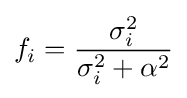
f_{i}={\frac {\sigma _{i}^{2}}{\sigma _{i}^{2}+\alpha ^{2}}}